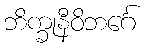
ဘိက္ခုနီဝိဘင်္ဂေ